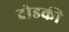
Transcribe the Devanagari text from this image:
दोडकी